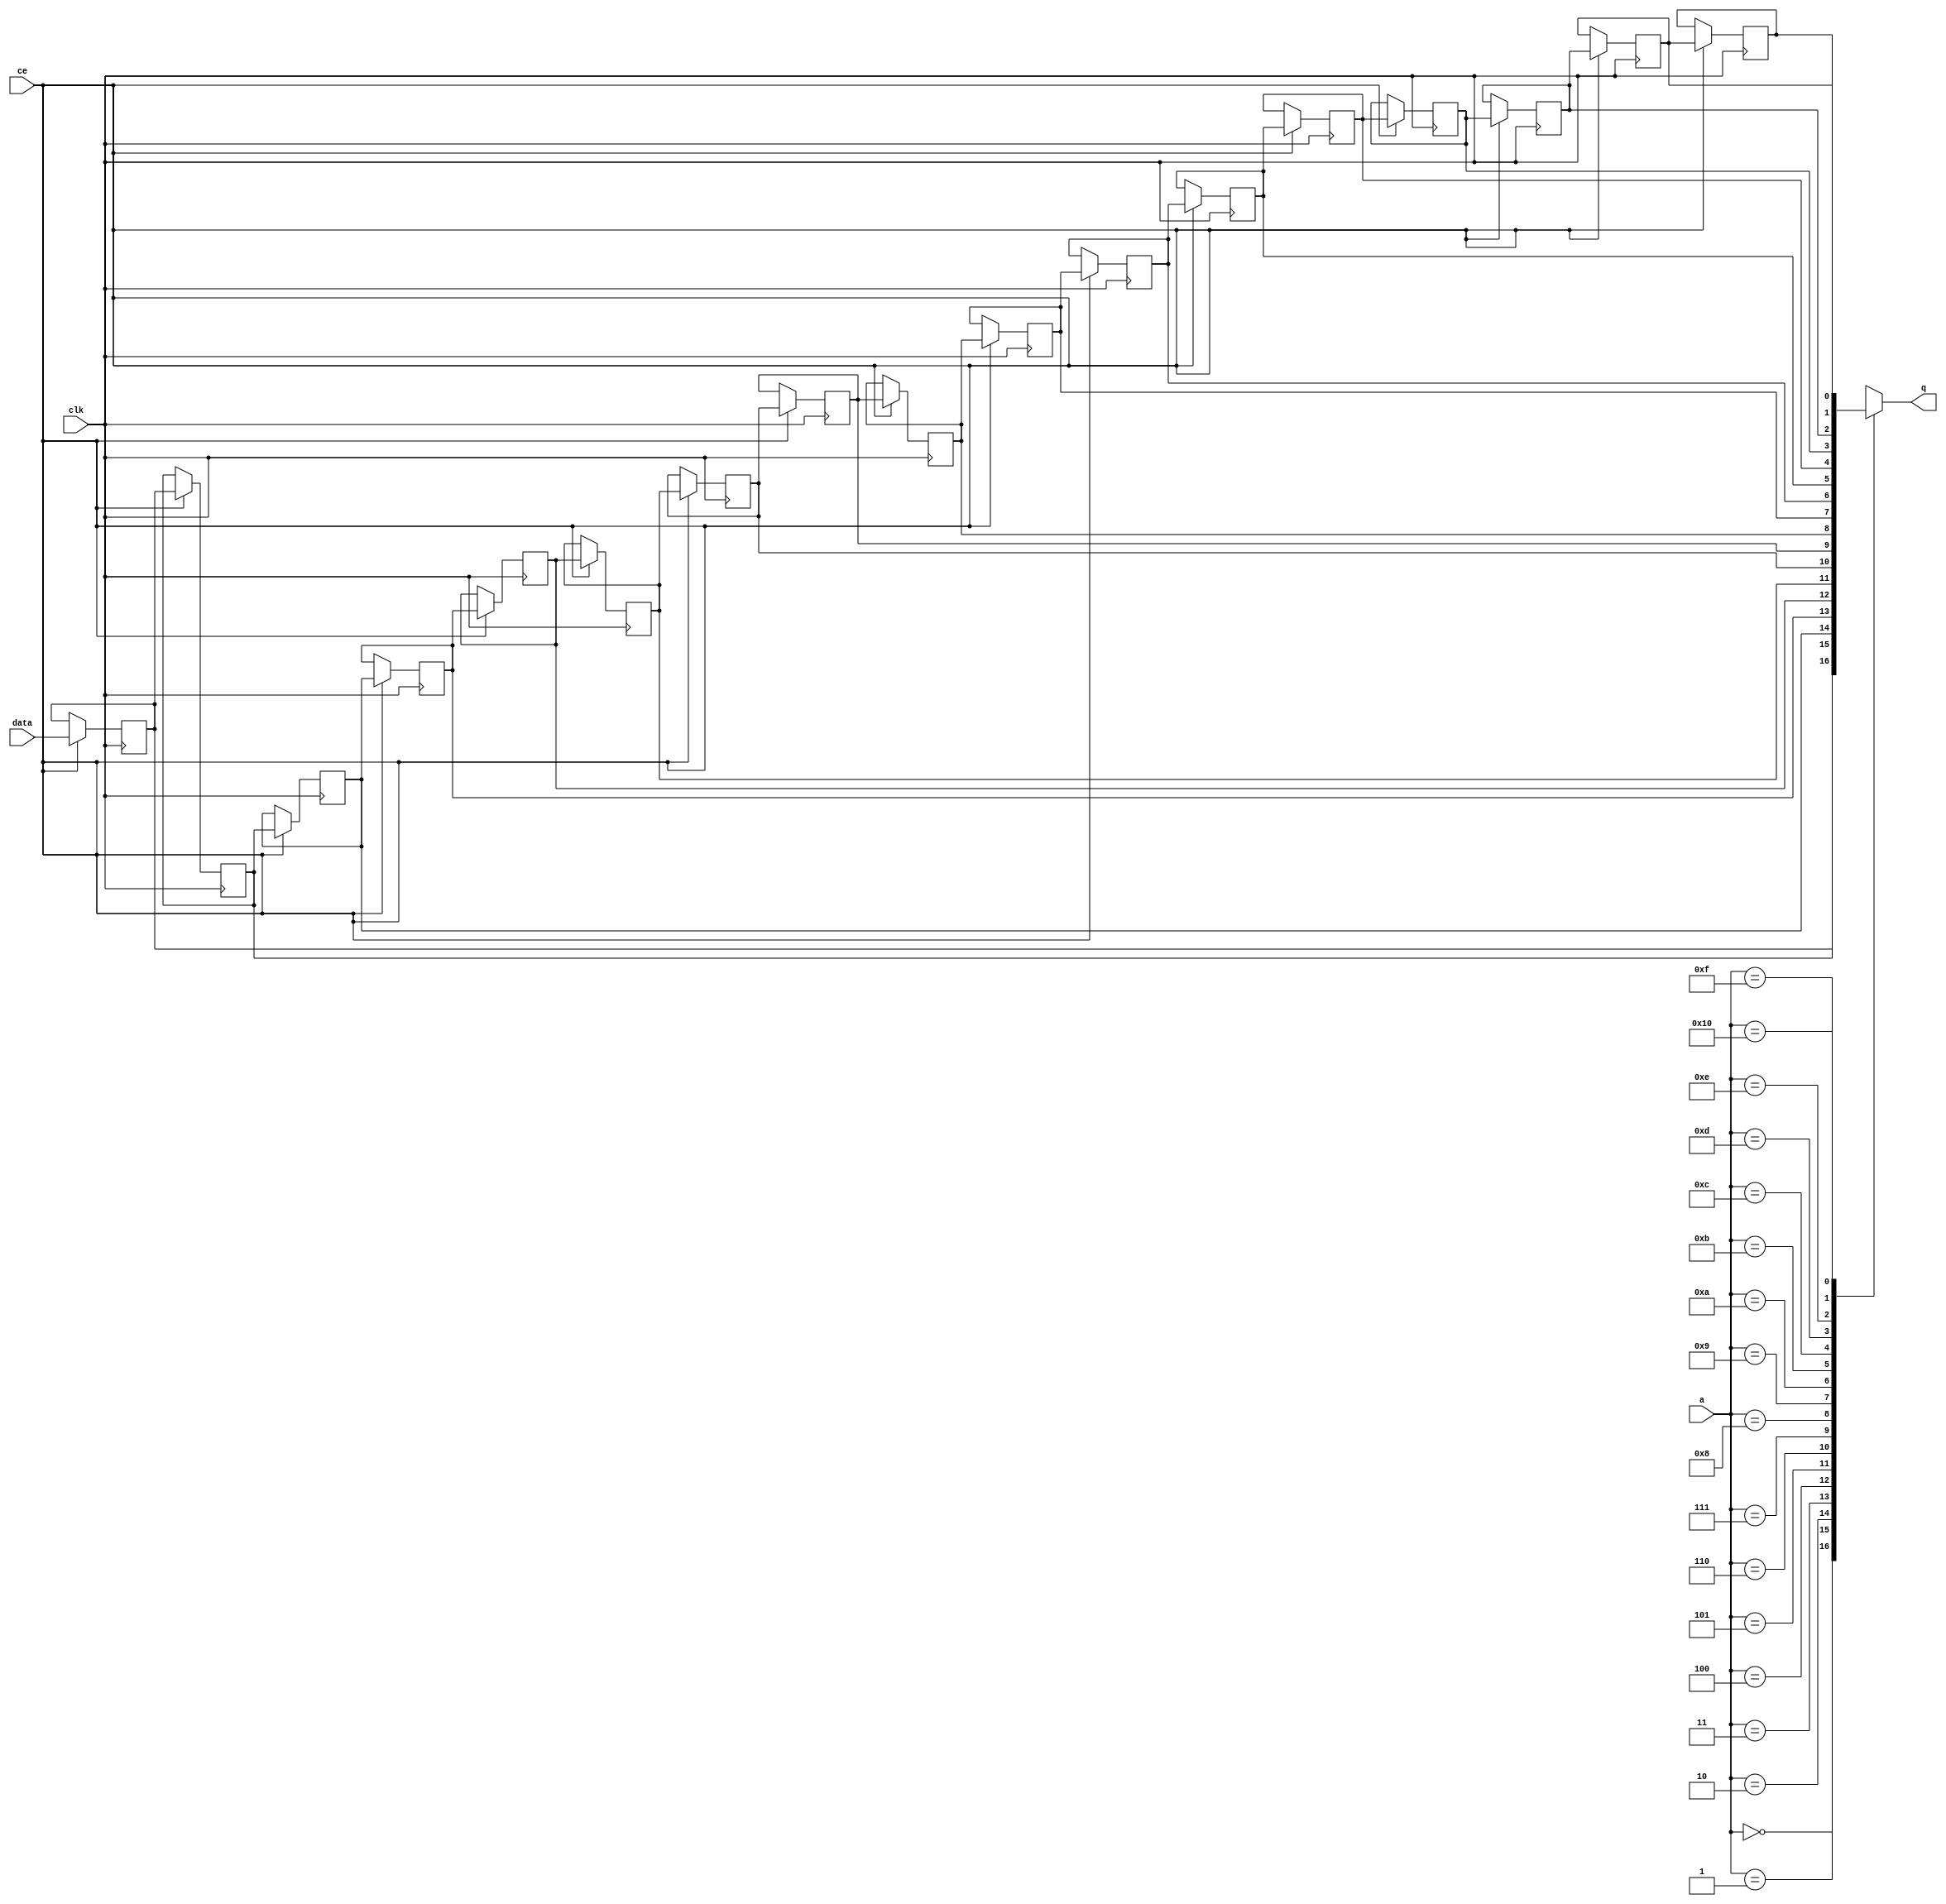
// This program was cloned from: https://github.com/mustafabbas/ECE1373_2016_hft_on_fpga
// License: MIT License

// ==============================================================
// File generated by Vivado(TM) HLS - High-Level Synthesis from C, C++ and SystemC
// Version: 2015.1
// Copyright (C) 2015 Xilinx Inc. All rights reserved.
// 
// ==============================================================


`timescale 1 ns / 1 ps

module FIFO_toe_rxAppStreamIf2memAccessBreakdo_3_shiftReg (
    clk,
    data,
    ce,
    a,
    q);

parameter DATA_WIDTH = 32'd1;
parameter ADDR_WIDTH = 32'd5;
parameter DEPTH = 32'd17;

input clk;
input [DATA_WIDTH-1:0] data;
input ce;
input [ADDR_WIDTH-1:0] a;
output [DATA_WIDTH-1:0] q;

reg[DATA_WIDTH-1:0] SRL_SIG [0:DEPTH-1];
integer i;

always @ (posedge clk)
    begin
        if (ce)
        begin
            for (i=0;i<DEPTH-1;i=i+1)
                SRL_SIG[i+1] <= SRL_SIG[i];
            SRL_SIG[0] <= data;
        end
    end

assign q = SRL_SIG[a];

endmodule

module FIFO_toe_rxAppStreamIf2memAccessBreakdo_3 (
    clk,
    reset,
    if_empty_n,
    if_read_ce,
    if_read,
    if_dout,
    if_full_n,
    if_write_ce,
    if_write,
    if_din);

parameter MEM_STYLE = "shiftreg";
parameter DATA_WIDTH = 32'd1;
parameter ADDR_WIDTH = 32'd5;
parameter DEPTH = 32'd17;

input clk;
input reset;
output if_empty_n;
input if_read_ce;
input if_read;
output[DATA_WIDTH - 1:0] if_dout;
output if_full_n;
input if_write_ce;
input if_write;
input[DATA_WIDTH - 1:0] if_din;

wire[ADDR_WIDTH - 1:0] shiftReg_addr ;
wire[DATA_WIDTH - 1:0] shiftReg_data, shiftReg_q;
reg[ADDR_WIDTH:0] mOutPtr = {(ADDR_WIDTH+1){1'b1}};
reg internal_empty_n = 0, internal_full_n = 1;

assign if_empty_n = internal_empty_n;
assign if_full_n = internal_full_n;
assign shiftReg_data = if_din;
assign if_dout = shiftReg_q;

always @ (posedge clk) begin
    if (reset == 1'b1)
    begin
        mOutPtr <= ~{ADDR_WIDTH+1{1'b0}};
        internal_empty_n <= 1'b0;
        internal_full_n <= 1'b1;
    end
    else begin
        if (((if_read & if_read_ce) == 1 & internal_empty_n == 1) && 
            ((if_write & if_write_ce) == 0 | internal_full_n == 0))
        begin
            mOutPtr <= mOutPtr -1;
            if (mOutPtr == 0)
                internal_empty_n <= 1'b0;
            internal_full_n <= 1'b1;
        end 
        else if (((if_read & if_read_ce) == 0 | internal_empty_n == 0) && 
            ((if_write & if_write_ce) == 1 & internal_full_n == 1))
        begin
            mOutPtr <= mOutPtr +1;
            internal_empty_n <= 1'b1;
            if (mOutPtr == DEPTH-2)
                internal_full_n <= 1'b0;
        end 
    end
end

assign shiftReg_addr = mOutPtr[ADDR_WIDTH] == 1'b0 ? mOutPtr[ADDR_WIDTH-1:0]:{ADDR_WIDTH{1'b0}};
assign shiftReg_ce = (if_write & if_write_ce) & internal_full_n;

FIFO_toe_rxAppStreamIf2memAccessBreakdo_3_shiftReg 
#(
    .DATA_WIDTH(DATA_WIDTH),
    .ADDR_WIDTH(ADDR_WIDTH),
    .DEPTH(DEPTH))
U_FIFO_toe_rxAppStreamIf2memAccessBreakdo_3_ram (
    .clk(clk),
    .data(shiftReg_data),
    .ce(shiftReg_ce),
    .a(shiftReg_addr),
    .q(shiftReg_q));

endmodule